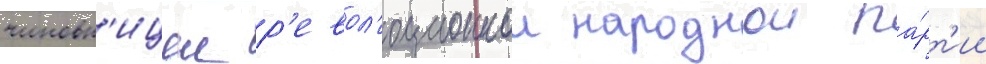
чиновн'ицеи р'евол'юционнои народнои па́рт'ии